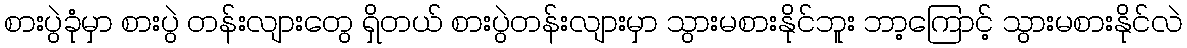
စားပွဲခုံမှာ စားပွဲ တန်းလျားတွေ ရှိတယ် စားပွဲတန်းလျားမှာ သွားမစားနိုင်ဘူး ဘာ့ကြောင့် သွားမစားနိုင်လဲ